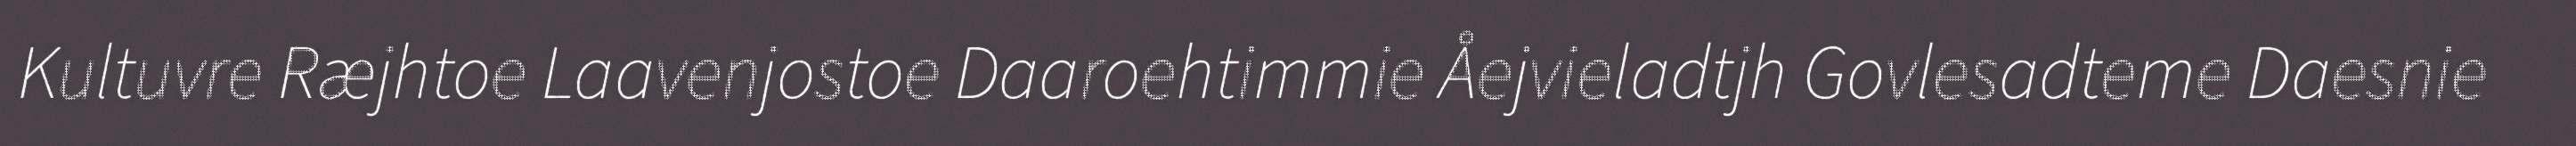
Kultuvre Ræjhtoe Laavenjostoe Daaroehtimmie Åejvieladtjh Govlesadteme Daesnie